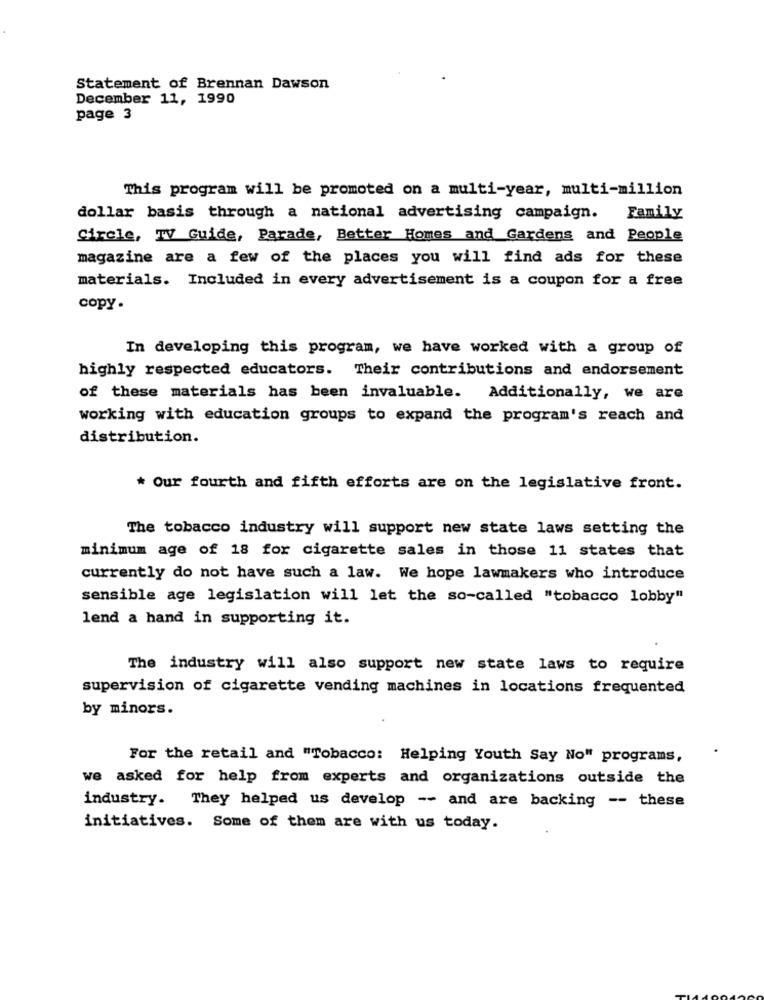
Statement of Brennan Dawson
December 11, 1990
page 3
This program will be promoted on a multi-year, multi-million
dollar basis through a national advertising campaign. Family
Circle, TV Guide, Parade, Better Homes and Gardens and People
magazine are a few of the places you will find ads for these
materials. Included in every advertisement is a coupon for a free
copy.
In developing this program, we have worked with a group of
highly respected educators. Their contributions and endorsement
of these materials has been invaluable. Additionally, we are
working with education groups to expand the program's reach and
distribution.
* Our fourth and fifth efforts are on the legislative front.
The tobacco industry will support new state laws setting the
minimum age of 18 for cigarette sales in those 11 states that
currently do not have such a law. We hope lawmakers who introduce
sensible age legislation will let the so-called "tobacco lobby"
lend a hand in supporting it.
The industry will also support new state laws to require
supervision of cigarette vending machines in locations frequented
by minors.
For the retail and "Tobacco: Helping Youth Say No" programs,
we asked for help from experts and organizations outside the
industry. They helped us develop -- and are backing -- these
initiatives. Some of them are with us today.